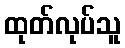
ထုတ်လုပ်သူ